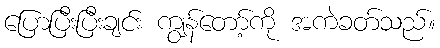
ပြောပြီးပြီးချင်း ကျွန်တော့်ကို အကဲခတ်သည်။